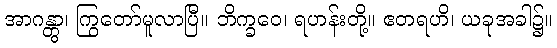
အာဂန္တွာ၊ ကြွတော်မူလာပြီ။ ဘိက္ခဝေ၊ ရဟန်းတို့။ ဧတရဟိ၊ ယခုအခါ၌။